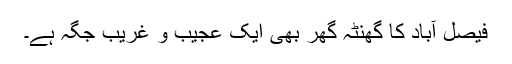
فیصل آباد کا گھنٹہ گھر بھی ایک عجیب و غریب جگہ ہے۔